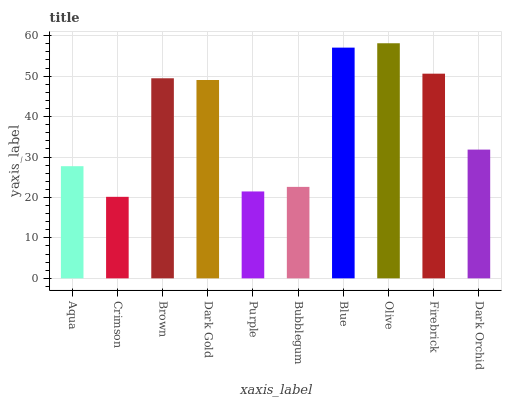
| xaxis_label | bars |
 | --- | --- |
 | Aqua | 27.7 |
 | Crimson | 20.2 |
 | Brown | 49.5 |
 | Dark Gold | 49 |
 | Purple | 21.5 |
 | Bubblegum | 22.6 |
 | Blue | 57 |
 | Olive | 58.1 |
 | Firebrick | 50.6 |
 | Dark Orchid | 31.8 |